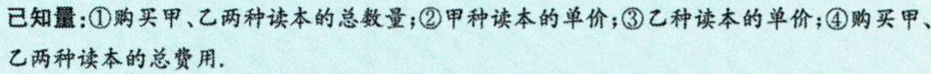
已知量：\textcircled{1}购买甲、乙两种读本的总数量；\textcircled{2}甲种读本的单价；\textcircled{3}乙种读本的单价；\textcircled{4}购买甲、乙两种读本的总费用.